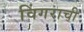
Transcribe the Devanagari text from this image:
विंगराची